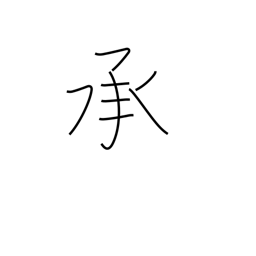
Meaning: acquiesce